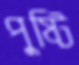
পুষ্টি